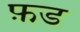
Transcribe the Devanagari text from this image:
फ़ड